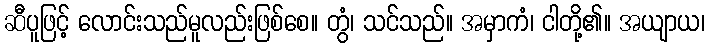
ဆီပူဖြင့် လောင်းသည်မူလည်းဖြစ်စေ။ တွံ၊ သင်သည်။ အမှာကံ၊ ငါတို့၏။ အယျာယ၊